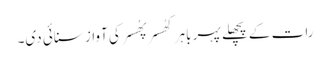
رات کے پچھلے پہر باہر کھُسر پھُسر کی آواز سنائی دی۔